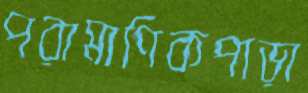
পরামাণিকপাড়া